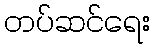
တပ်ဆင်ရေး